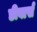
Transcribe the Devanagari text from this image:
डीवार्स